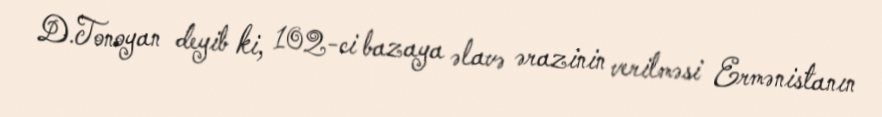
D.Tonoyan deyib ki, 102-ci bazaya əlavə ərazinin verilməsi Ermənistanın